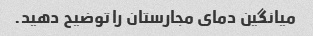
میانگین دمای مجارستان را توضیح دهید.